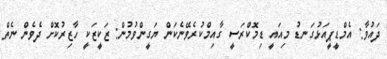
ދައުވާ: އެމްޑީޕީއަޅުގަނޑު މިއައީ ޑިމޮކްރަސީ ގާއިމްކުރެވޭނެކަން ޔަގީންވުމުން: ޒަކީޒަކީ ހާޒިރުކޮށް ދެވެން ނެތް